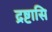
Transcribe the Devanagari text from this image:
द्रष्टासि